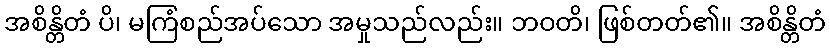
အစိန္တိတံ ပိ၊ မကြံစည်အပ်သော အမှုသည်လည်း။ ဘဝတိ၊ ဖြစ်တတ်၏။ အစိန္တိတံ